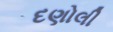
દણોલી